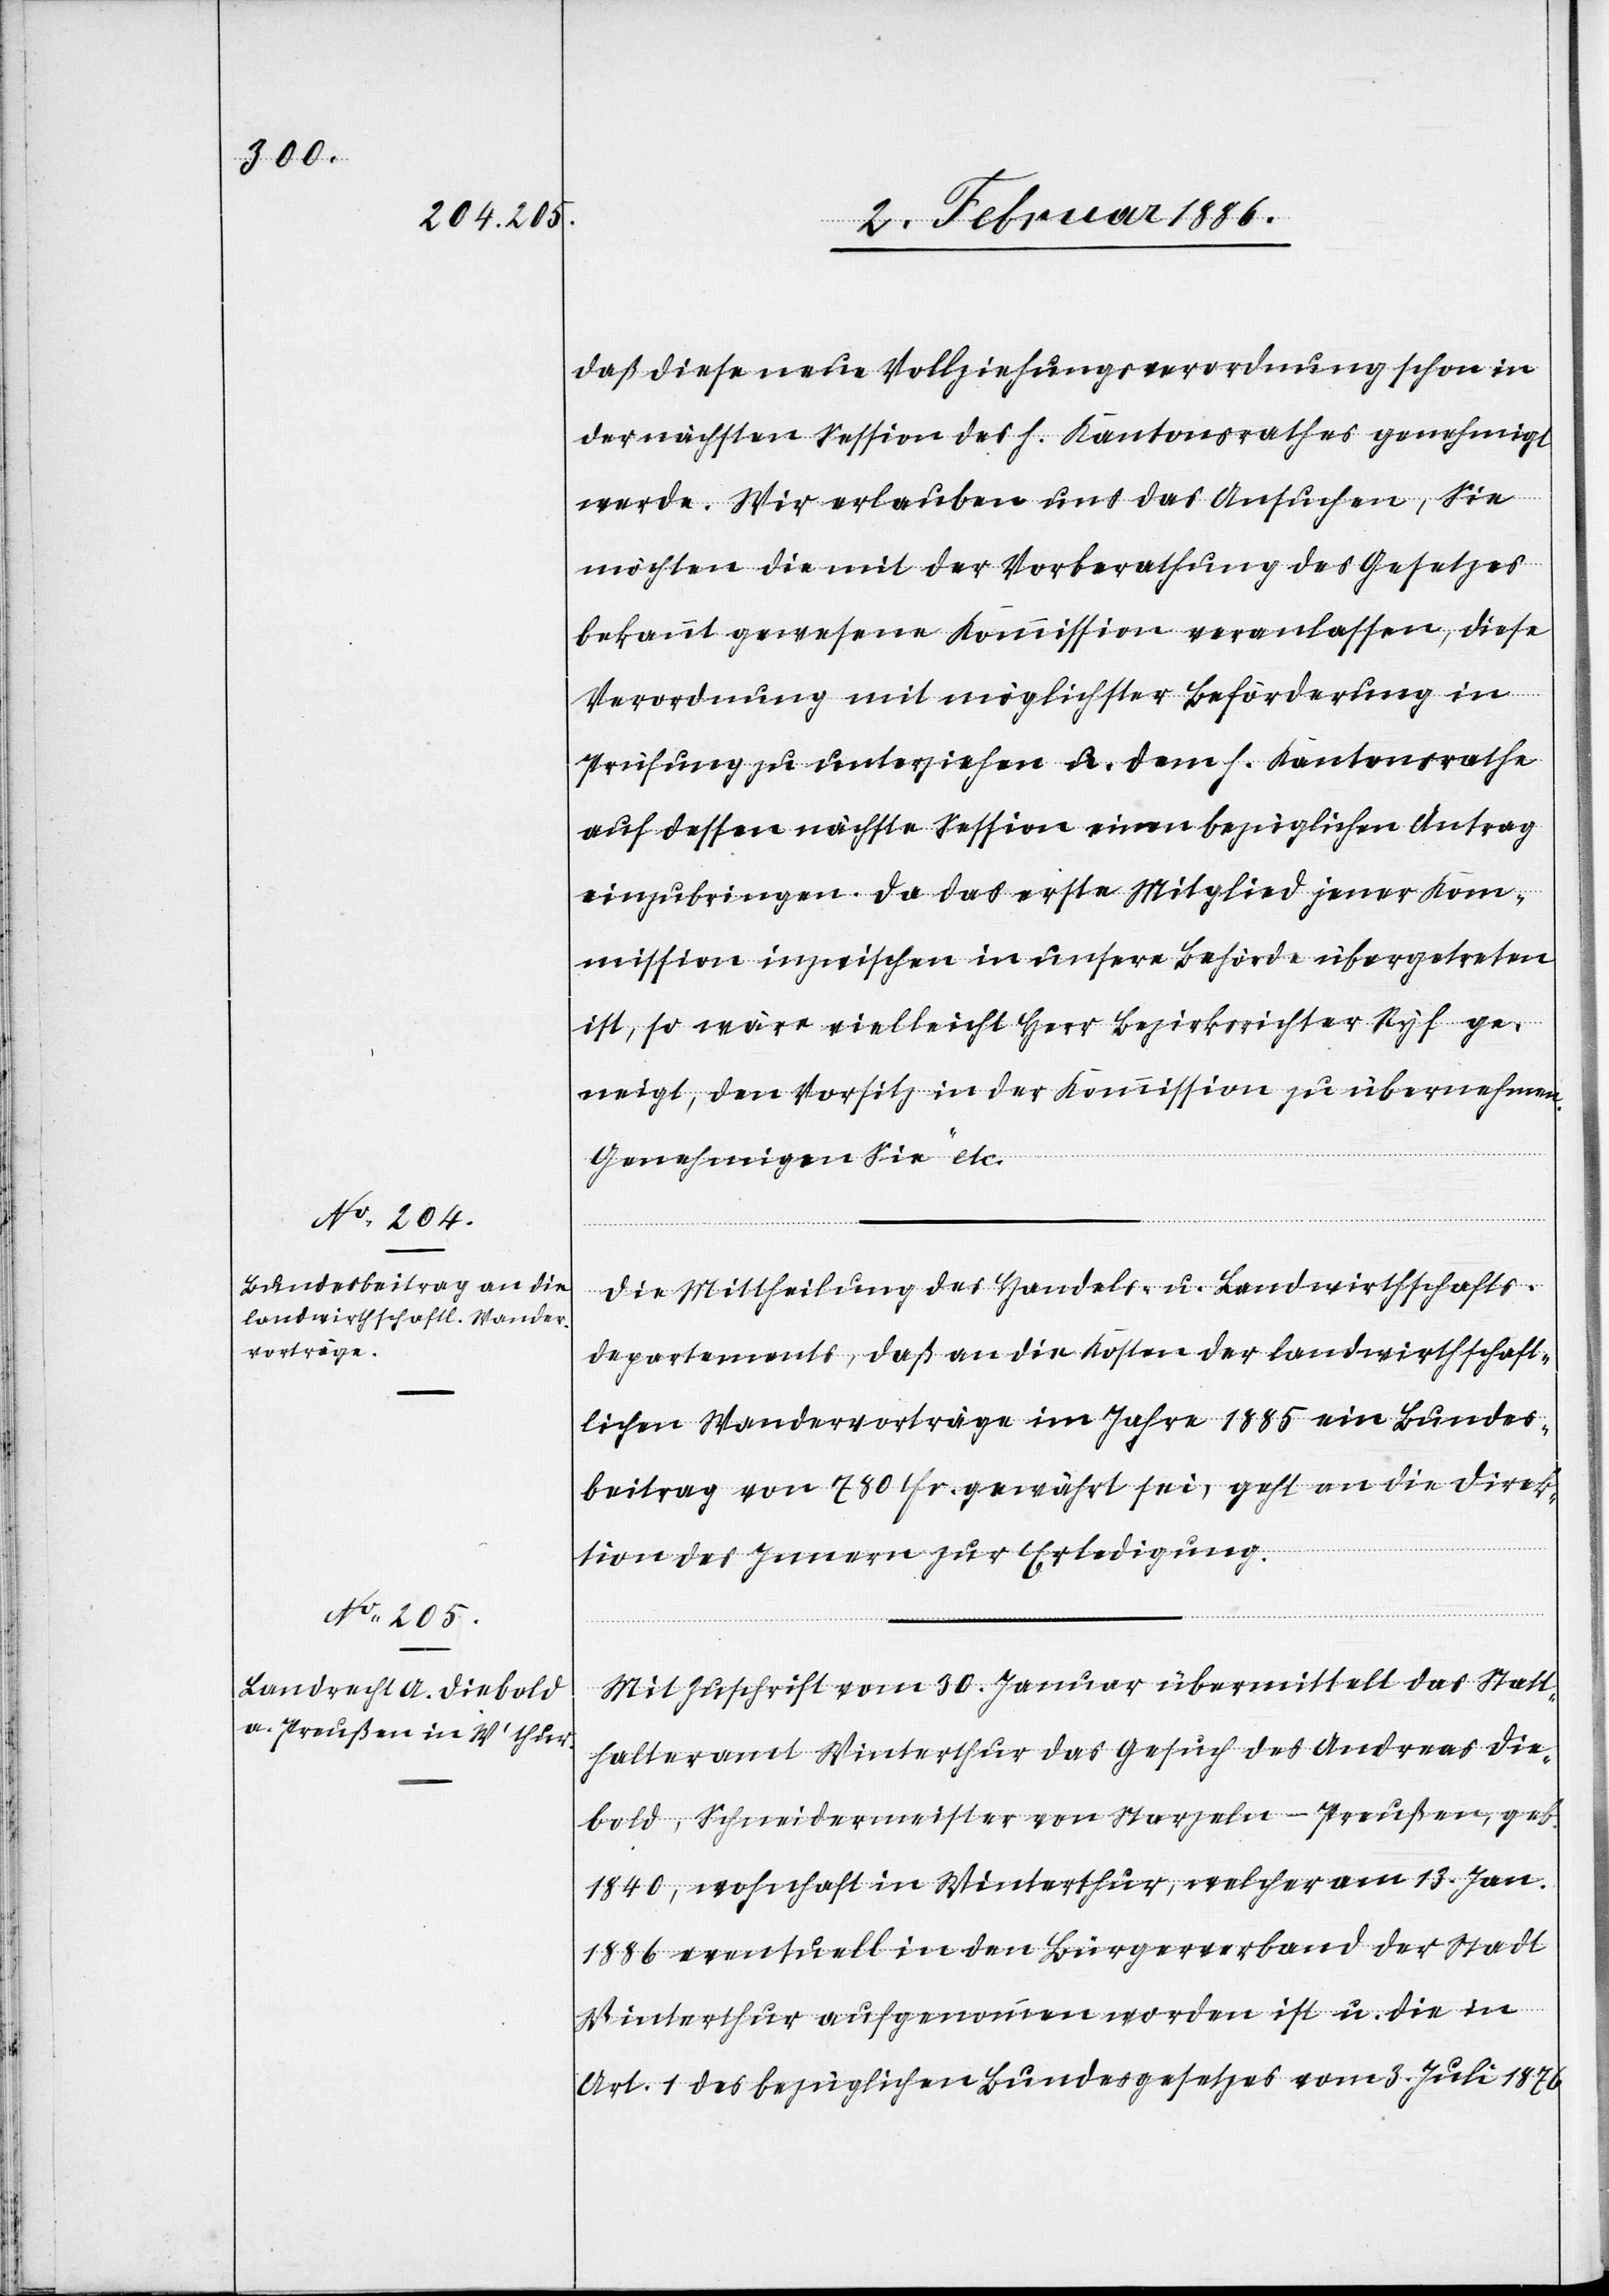
daß diese neue Vollziehungsverordnung schon in
der nächsten Session des h. Kantonsrathes genehmigt
werde. Wir erlauben uns das Ansuchen, Sie
möchten die mit der Vorberathung des Gesetzes
bekannt gewesene Kommission veranlassen, diese
Verordnung mit möglichster Beförderung in
Prüfung zu unterziehen u. dem h. Kantonsrathe
auf dessen nächste Session einen bezüglichen Antrag
einzubringen. Da das erste Mitglied jener Kom¬
mission inzwischen in unsere Behörde übergetreten
ist, so wäre vielleicht Herr Bezirksrichter Ryf ge¬
neigt, den Vorsitz in der Kommission zu übernehmen.
Genehmigen Sie etc.
Die Mittheilung des Handels- u. Landwirthschafts¬
departement, daß an die Kosten der landwirthschaft¬
lichen Wandervorträge im Jahre 1885 ein Bundes¬
beitrag von 780 Fr. gewährt sei, geht an die Direk¬
tion des Innern zur Erledigung.
Mit Zuschrift vom 30. Januar übermittelt das Statt¬
halteramt Winterthur das Gesuch des Andreas Die¬
bold, Schneidermeister von Starzelen - Preußen, geb.
1840, wohnhaft in Winterthur, welcher am 13. Jan.
1886 eventuell in den Bürgerverband der Stadt
Winterthur aufgenommen worden ist u. die in
Art. 1 des bezüglichen Bundesgesetzes vom 3. Juli 1876